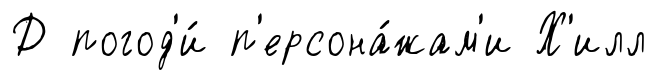
Д погод'и́ п'ерсона́жам'и Х'илл